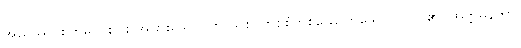
အညဿ၊ စိတ်မှတစ်ပါး အခြားသော။ ကဿစိ၊ တစ်စုံတစ်ယောက်သော ပုဂ္ဂိုလ်၏။ အတ္တမနတာ၊